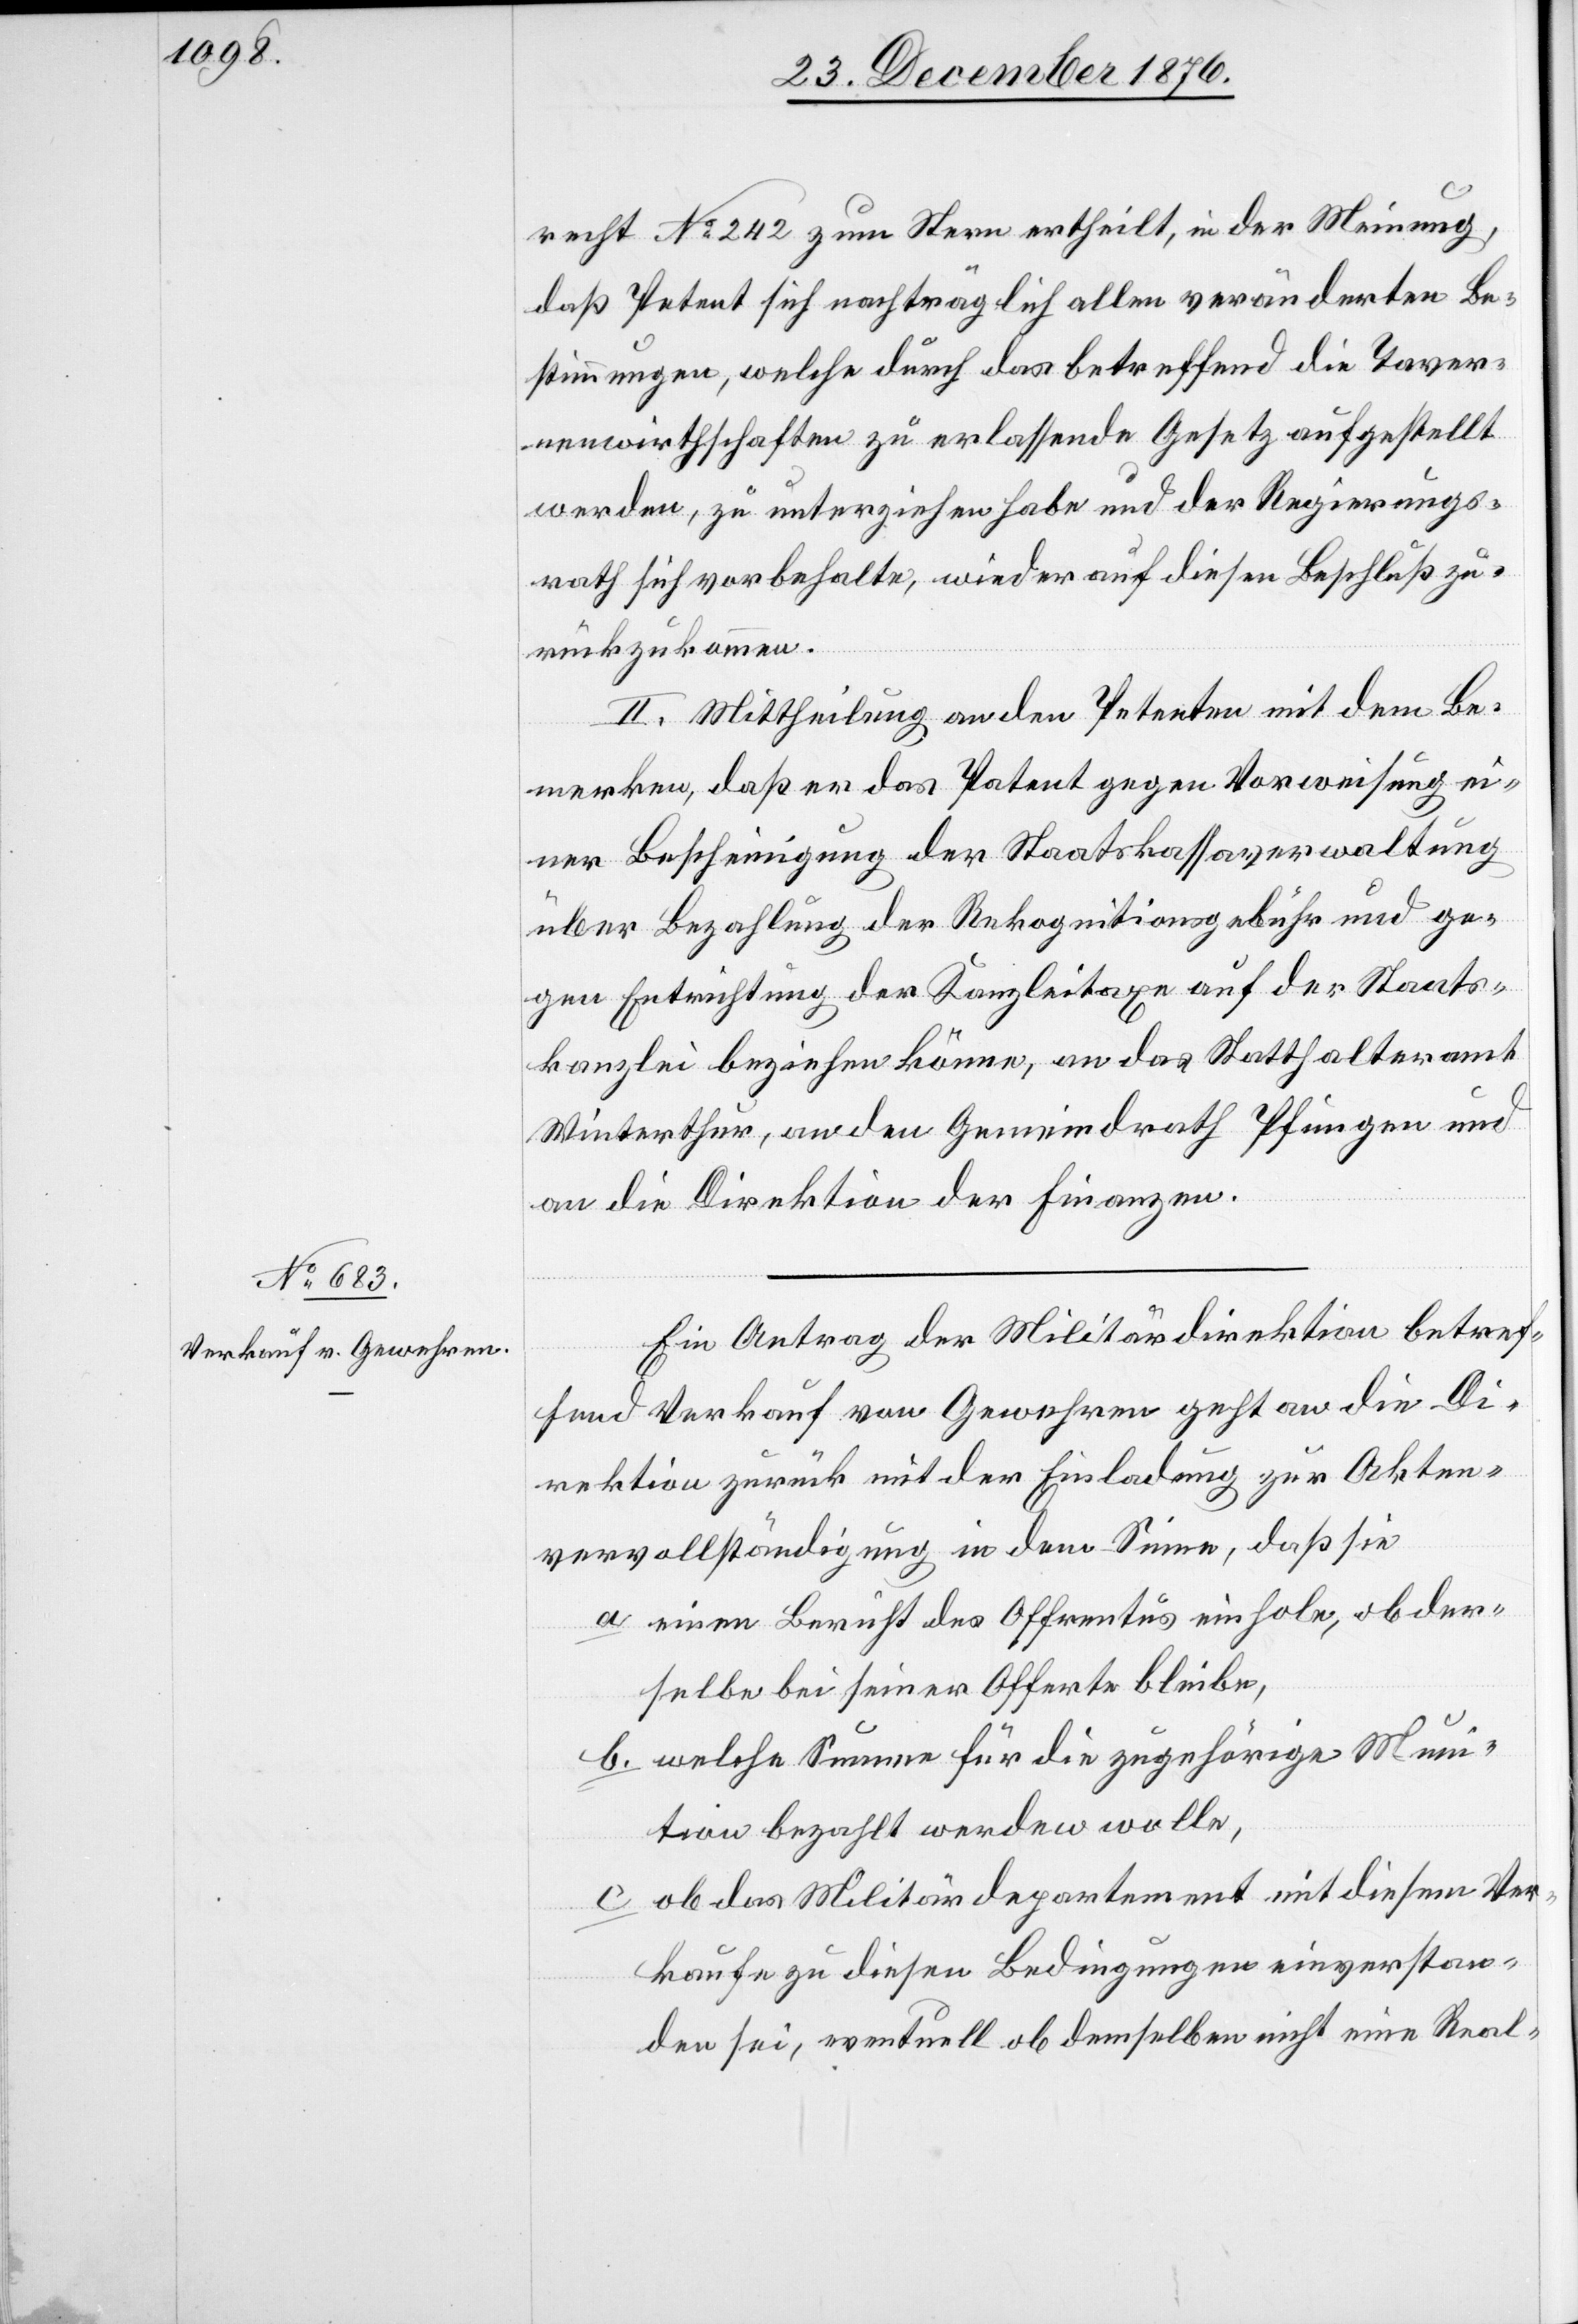
recht No 242 zum Stern ertheilt, in der Meinung,
daß Petent sich nachträglich allen veränderten Be¬
stimmungen, welche durch das betreffend die Taver¬
nenwirthschaften zu erlassende Gesetz aufgestellt
werden, zu unterziehen habe und er Regierungs¬
rath sich vorbehalte, wieder auf diesen Beschluß zu¬
rückzukommen.
II. Mittheilung an den Petenten mit dem Be¬
merken, daß er das Patent gegen Vorweisung ei¬
ner Bescheinigung der Staatskassaverwaltung
über Bezahlung der Rekognitionsgebühr und ge¬
gen Entrichtung der Kanzleitaxe auf der Staats¬
kanzlei beziehen könne, an das Statthalteramt
Winterthur, an den Gemeindrath Pfungen und
an die Direktion der Finanzen.
Ein Antrag der Militärdirektion betref¬
fend Verkauf von Gewehren geht an die Di¬
rektion zurück mit der Einladung zur Akten¬
vervollständigung in dem Sinne, daß sie
a. einen Bericht des Offrentus einhole, ob der¬
selbe bei seiner Offerte bleibe,
b. welche Summe für die zugehörige Muni¬
tion bezahlt werden wolle,
c. ob das Militärdepartement mit diesem Ver¬
kauf zu diesen Bedingungen einverstan¬
den sei, eventuell ob demselben nicht eine Real-